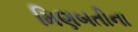
મિણબતીના